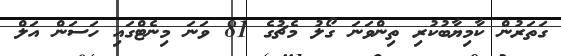
ގަތަރުން ކާމިޔާބުކުރި ތިންވަނަ ގޯލު މެޗުގެ 81 ވަނަ މިނެޓްގައި ހަސަން އަލް